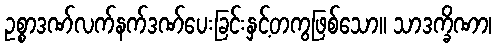
ဥစ္စာဒဏ်လက်နက်ဒဏ်ပေးခြင်းနှင့်တကွဖြစ်သော။ သာဒက္ခိဏာ၊